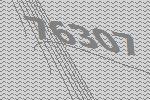
76307